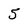
Character: 5